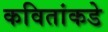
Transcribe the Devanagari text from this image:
कवितांकडे